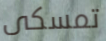
تمسكى